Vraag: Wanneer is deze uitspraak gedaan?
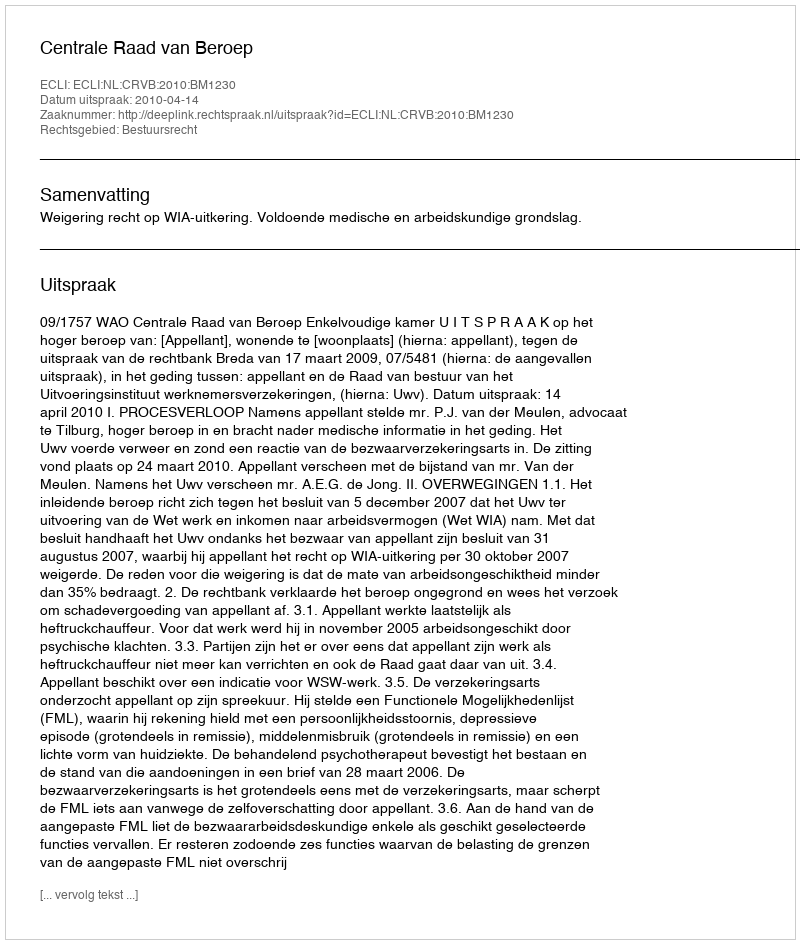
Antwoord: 2010-04-14